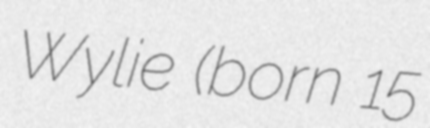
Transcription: Wylie (born 15